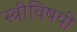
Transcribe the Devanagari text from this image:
स्त्रीविषयी